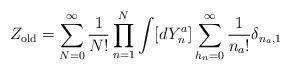
LaTeX: \begin{align*}Z_{\rm old} = \sum_{N=0}^\infty {1 \over N!} \prod_{n=1}^N \int [d Y^a_n]\sum_{h_n=0}^\infty {1 \over n_a!} \delta_{n_a, 1}\end{align*}